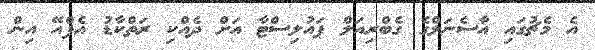
އެ މެޗުގައި އާސެނަލްގެ ގެބްރިއަލް ޕައުލިސްޓާ އަށް ދެއްކި ރަތްކާޑު އެފްއޭ އިން